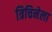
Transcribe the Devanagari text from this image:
त्रिचिनेला